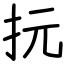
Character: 抏